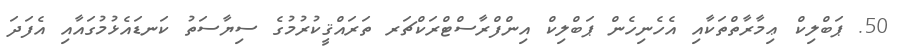
50. ޕަބްލިކް ޢިމާރާތްތަކާއި އެހެނިހެން ޕަބްލިކް އިންފްރާސްޓްރަކްޗަރ ތަރައްޤީކުރުމުގެ ސިޔާސަތު ކަނޑައެޅުމުގައާއި އެފަދަ